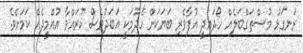
ރަނގަޅު މުސްތަގްބަލެއް ހޯދައިދީ އުފާވެރި ބަޔަކަށް ހެދުމަކީ އަބަދުވެސް ކުރައްވާ އުއްމީދެއް ކަމަށެވެ.